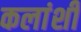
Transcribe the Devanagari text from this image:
कलांशी